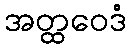
အတ္ထဝေဒံ